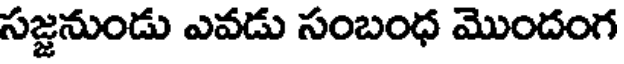
సజ్జనుండు ఎవడు సంబంధ మొందంగ